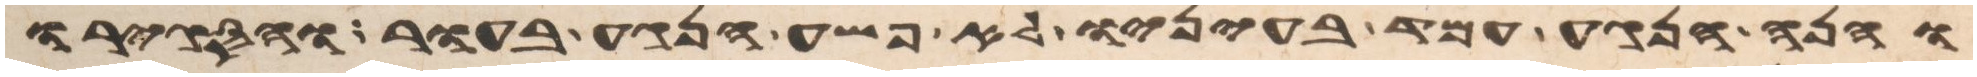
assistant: והנה הנגע עמד בעיניו לא פשה הנגע בעור והסגירו